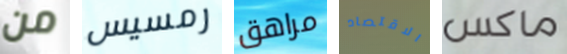
من رمسيس مراهق الاقتصاد ماكس